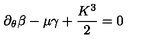
\partial _ { \theta } \beta - \mu \gamma + \frac { K ^ { 3 } } { 2 } = 0